system: You are a helpful assistant.
user:
Analyze the provided spectrum to determine if it is a **S-type Star**.

- **Key Indicators for S-type Star:**

    - **(Overall Spectrum Shape):** The first and most obvious characteristic is the overall continuum (the "baseline" shape). It is **extremely "red-sloping,"** meaning the flux (light intensity) is very low on the left side (blue, ~4000-4500 Å) and rises steeply and continuously toward the right side (red, ~7000 Å+).

    - **(Primary):** The spectrum is defined by the presence of strong, broad molecular absorption "valleys" (bands) from **Zirconium Oxide (ZrO)**. The identification of these bands is the **primary requirement** for classifying a star as S-type.
        - **(Key Bandheads):** You must find distinct, deep "dips" where the light has been absorbed. The most critical band systems to locate are:
            - **~6474 Å** ($\gamma$-system): This is often the strongest and clearest ZrO feature, found in the red part of the spectrum.
            - **~5718 Å** & **~5551 Å** ($\beta$-system): A pair of prominent absorption features in the yellow-orange part of the spectrum.
            - **~4640 Å** ($\alpha$-system): A key absorption band system in the blue-green region of the spectrum.

    - **(Secondary Confirmation):** The classification is strengthened by finding additional absorption bands from other related heavy element oxides, which are expected to be present alongside ZrO.
        - **(Key Bandheads):**
            - **Yttrium Oxide (YO):** Look for absorption dips near **~4800 Å** and **~6100 Å**.
            - **Lanthanum Oxide (LaO):** Additional absorption features, particularly in the red-orange part of the spectrum, are also characteristic.

    - **(Line Profile):** The combination of the steep red continuum and these numerous, deep molecular bands (ZrO, YO, etc.) gives the entire spectrum a very **"chopped-up"** or **"bumpy"** appearance. Instead of a smooth curve, the spectrum looks as though large, wide chunks of light have been "carved out" of it at the specific wavelengths listed above.

Think first, call **spectral_visualization_tool** if needed to examine features in detail, then provide your final answer. Your response must adhere to the following strict rules:
1.  **Overall Structure:** Your response must follow the format `<think>...</think> <tool_call>...</tool_call> (if a tool is used) <answer>...</answer>`.
2.  **Tool Usage Constraint:** You may only make **one** tool call per turn.
3.  **Final Answer Format:** In the `<answer>` tag, your conclusion must be inside a `\boxed{}` command (e.g., `\boxed{YES}` or `\boxed{NO}`), followed by your justification.

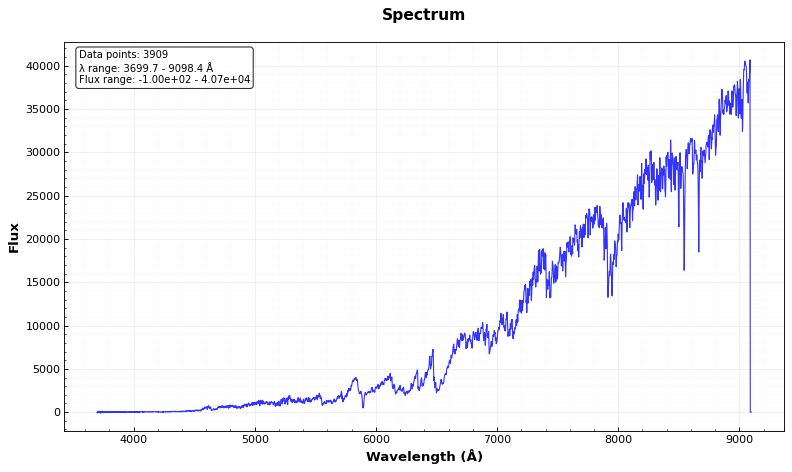
Answer: YES